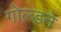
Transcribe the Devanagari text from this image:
गोल्डने